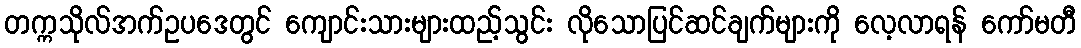
တက္ကသိုလ်အက်ဥပဒေတွင် ကျောင်းသားများထည့်သွင်း လိုသောပြင်ဆင်ချက်များကို လေ့လာရန် ကော်မတီ